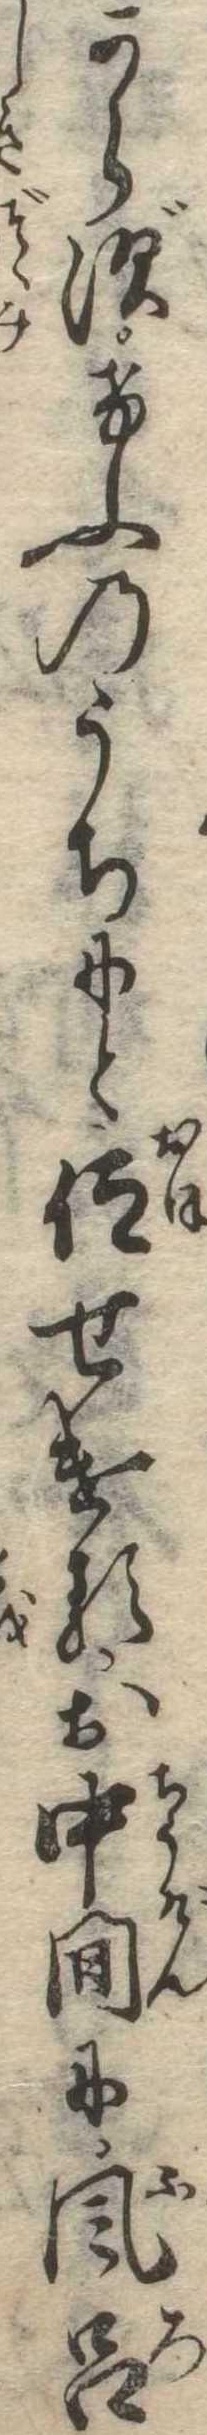
からずけふのうちにと仰せけるお中間に風呂